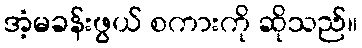
အံ့မခန်းဖွယ် စကားကို ဆိုသည်။